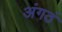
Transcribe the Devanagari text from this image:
अंगठं